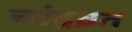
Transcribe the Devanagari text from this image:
चांद्रव्रत